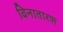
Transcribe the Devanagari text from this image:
विनातारण